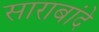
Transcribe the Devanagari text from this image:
साराबांदे